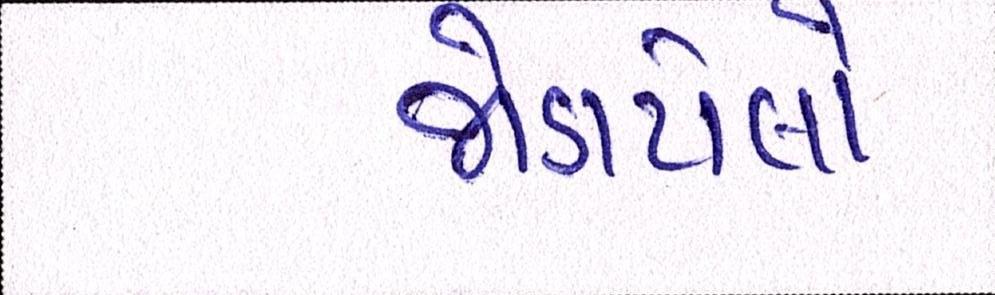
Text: જોડાયેલો